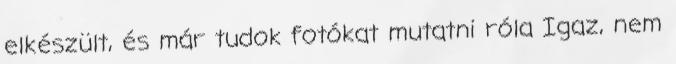
elkészült, és már tudok fotókat mutatni róla Igaz, nem